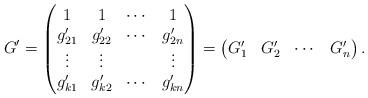
LaTeX: \begin{align*}G^\prime=\begin{pmatrix}1 & 1 & \cdots & 1\\g_{21}^\prime & g_{22}^\prime & \cdots & g_{2n}^\prime\\\vdots & \vdots & & \vdots\\g_{k1}^\prime & g_{k2}^\prime & \cdots & g_{kn}^\prime\end{pmatrix}=\begin{pmatrix}G_1^\prime & G_2^\prime & \cdots & G_n^\prime\end{pmatrix}.\end{align*}